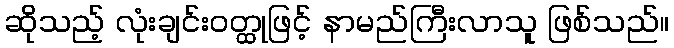
ဆိုသည့် လုံးချင်းဝတ္ထုဖြင့် နာမည်ကြီးလာသူ ဖြစ်သည်။